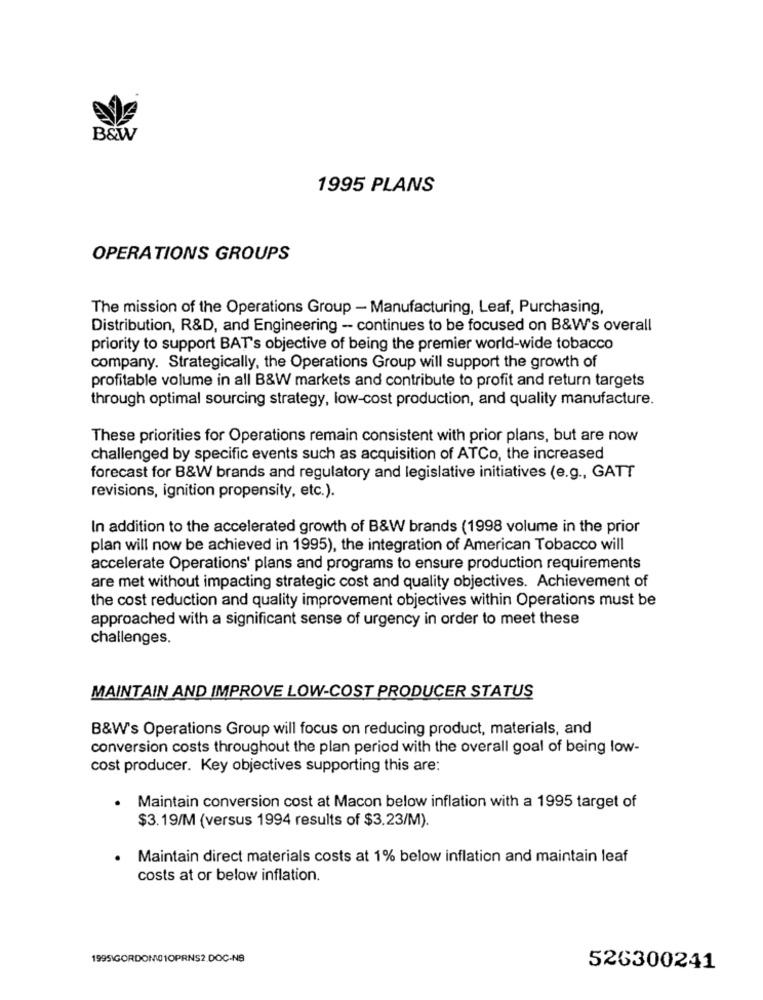
B&W
1995 PLANS
OPERATIONS GROUPS
The mission of the Operations Group - Manufacturing, Leaf, Purchasing,
Distribution, R&D, and Engineering - continues to be focused on B&W's overall
priority to support BAT's objective of being the premier world-wide tobacco
company. Strategically, the Operations Group will support the growth of
profitable volume in all B&W markets and contribute to profit and return targets
through optimal sourcing strategy, low-cost production, and quality manufacture.
These priorities for Operations remain consistent with prior plans, but are now
challenged by specific events such as acquisition of ATCo, the increased
forecast for B&W brands and regulatory and legislative initiatives (e.g ., GATT
revisions, ignition propensity, etc.).
In addition to the accelerated growth of B&W brands (1998 volume in the prior
plan will now be achieved in 1995), the integration of American Tobacco will
accelerate Operations' plans and programs to ensure production requirements
are met without impacting strategic cost and quality objectives. Achievement of
the cost reduction and quality improvement objectives within Operations must be
approached with a significant sense of urgency in order to meet these
challenges.
MAINTAIN AND IMPROVE LOW-COST PRODUCER STATUS
B&W's Operations Group will focus on reducing product, materials, and
conversion costs throughout the plan period with the overall goal of being low-
cost producer. Key objectives supporting this are:
.
Maintain conversion cost at Macon below inflation with a 1995 target of
$3.19/M (versus 1994 results of $3.23/M).
Maintain direct materials costs at 1% below inflation and maintain leaf
costs at or below inflation.
1995 GORDON01OPRNS2.DOC-NS
526300241